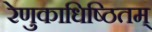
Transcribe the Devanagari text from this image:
रेणुकाधिष्ठितम्‌